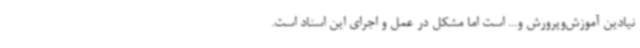
نیادین آموزش‌وپرورش و... است اما مشکل در عمل و اجرای این اسناد است.